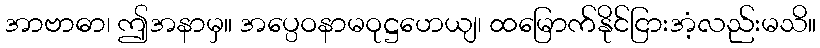
အာဗာဓာ၊ ဤအနာမှ။ အပ္ပေဝနာမဝုဋ္ဌဟေယျ၊ ထမြောက်နိုင်ငြားအံ့လည်းမသိ။